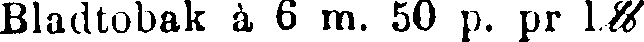
Bladtobak à 6 m. 50 p. pr 1 %